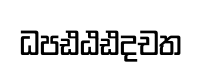
ධපඪඨඪදචත